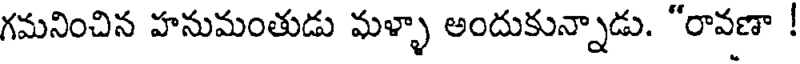
గమనించిన హనుమంతుడు మళ్ళా అందుకున్నాడు. "రావణా !